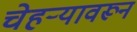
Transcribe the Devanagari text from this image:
चेहऱ्यावरून